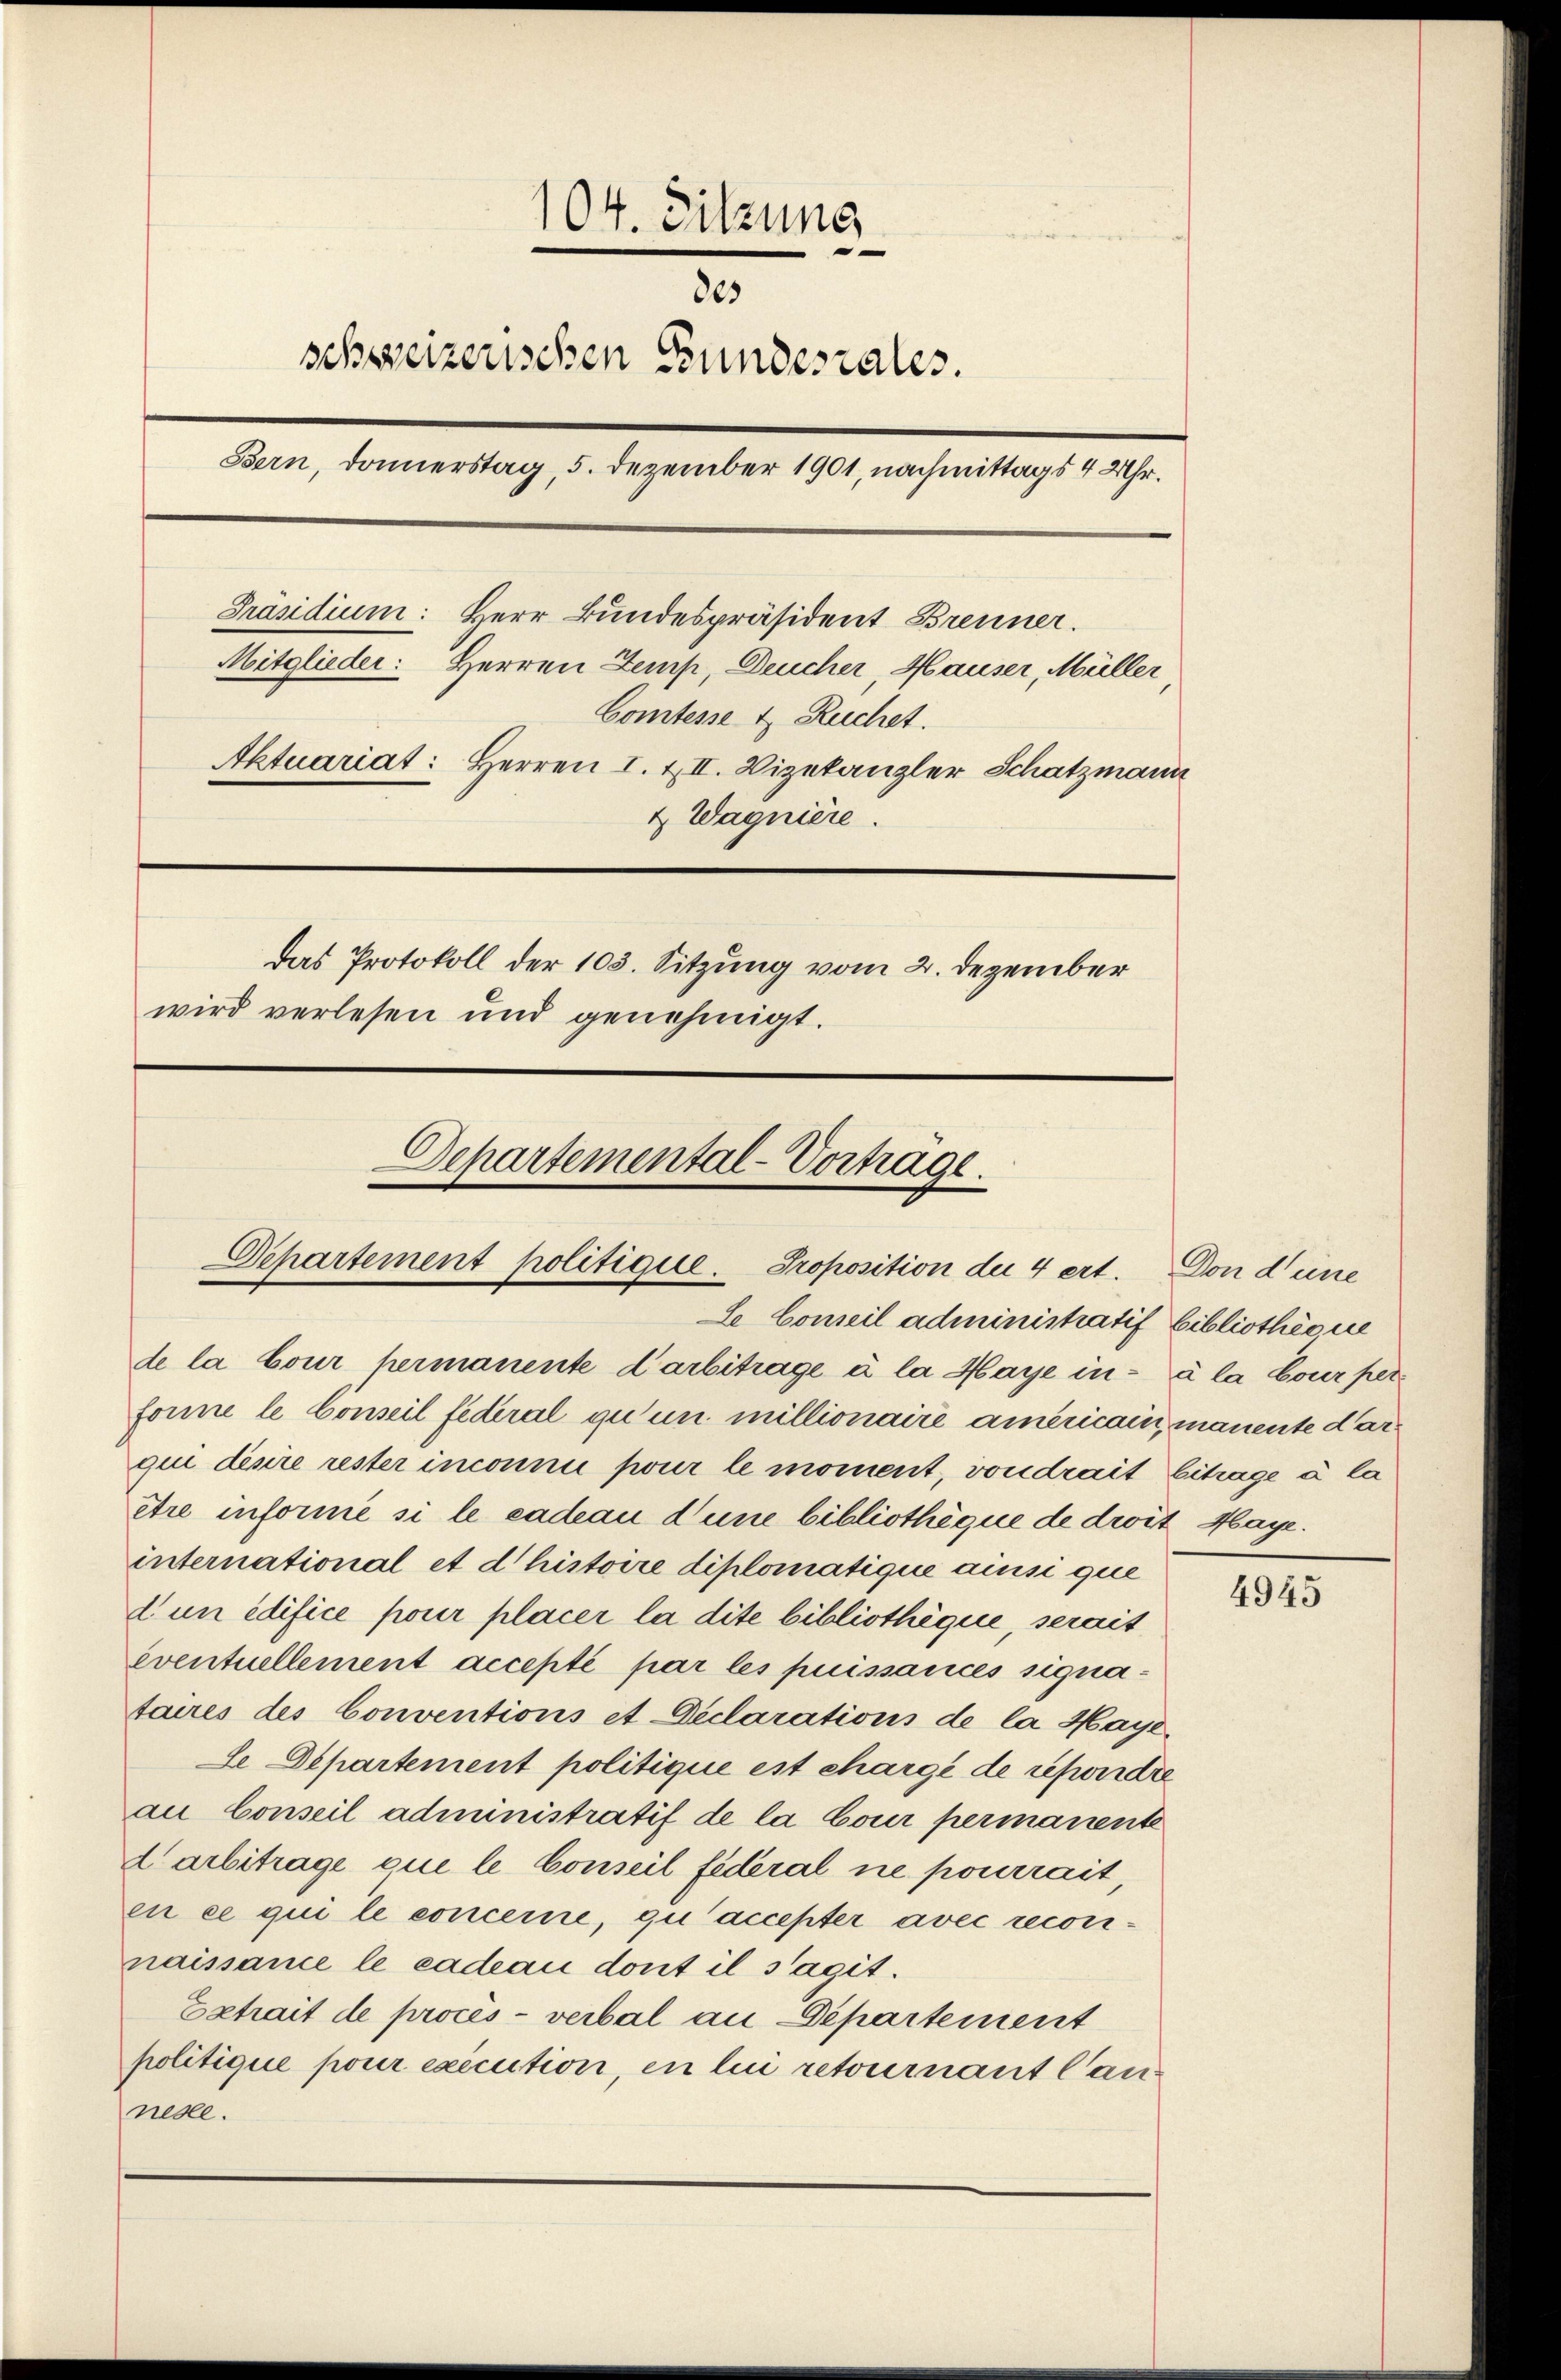
104. Sitzung
e
805
schweizerischen Bundesrates.
Bern, Donnerstag, 5. Dezember 1901, nachmittags 4 Uhr.
Präsidium: Herr Bundespräsident Brenner.
Mitglieder: Herren Zemp, Deucher Hauser, Müller
Comtesse & Ruchet.
Aktuariat: Herren I. XII. Vizekanzler Schatzmann
4 Wagniere.
das Protokoll der 103. Sitzung vom 2. Dezember
wird verlesen und genehmigt.

Departemental-Vortrage.
Departement politique. Proposition der 4 ert.

le Conseil administratif
de la Cour permanente darbitrage à la Maye infonne le Conseil federal qu un millionaire americain, manente darqui désire rester inconnu pour le moment, von drait
être informe si le cadeau d’une bibliothèque de droit Hage.
international et d’histoire diplomatique ainsi que
dun edifice pour placer la dite bibliothèque, serait
eventuellement accepté par les puissances signataires des Conventions et-Declarations de la Haye,
Se Departement politique est chargé de reforde
au Conseil administratif de la Cour permanente
Carbitrage que le Conseil fédéral ne pourrait,
en ce qui le concerne, qu’accepter avec recorinaissance le cadeau dont il s’agit.
Extrait de procès-verbal an Departement
politique pour execution, en lui retournant Cannesle.

Don deine
bibliotheque
à la Cour per
Eitrage à la

4945